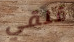
قلقي